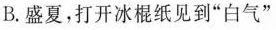
B.盛夏，打开冰棍纸见到”白气”